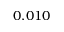
0 . 0 1 0